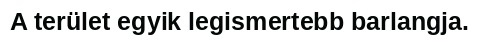
A terület egyik legismertebb barlangja.